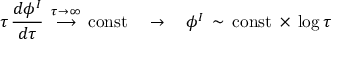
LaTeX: \tau \, \frac { d \phi ^ { I } } { d \tau } \, \stackrel { \tau \to \infty } { \longrightarrow } \, \mathrm { c o n s t } \quad \rightarrow \quad \phi ^ { I } \, \sim \, \mathrm { c o n s t } \, \times \, \log \tau